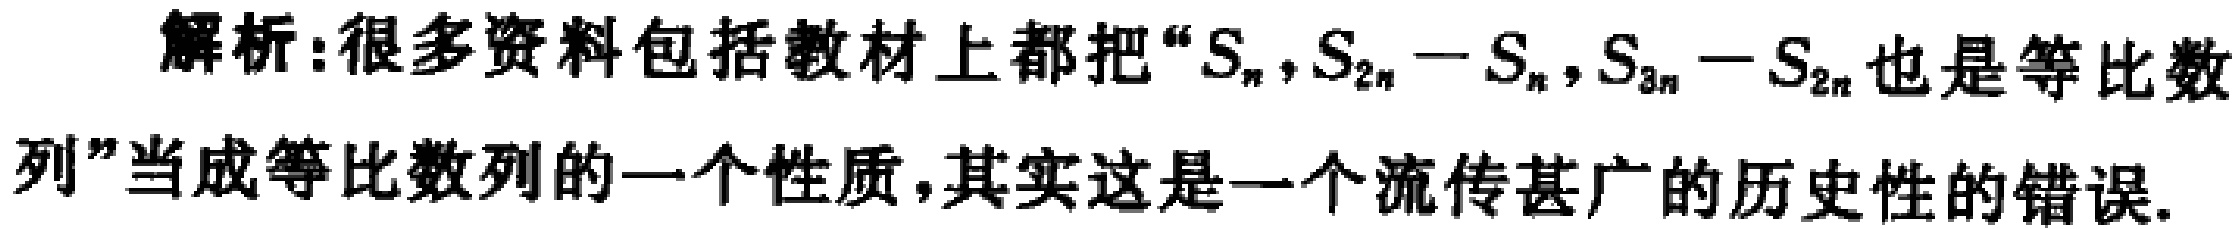
解析:很多资料包括教材上都把“\(S_{n},S_{2n}-S_{n},S_{3n}-S_{2n}\)也是等比数列”当成等比数列的一个性质，其实这是一个流传甚广的历史性的错误.